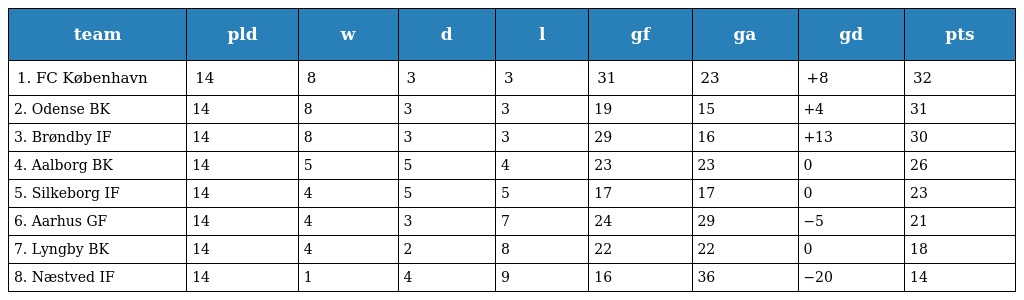
| team | pld | w | d | l | gf | ga | gd | pts |
 | --- | --- | --- | --- | --- | --- | --- | --- | --- |
 | 1. FC København | 14 | 8 | 3 | 3 | 31 | 23 | +8 | 32 |
 | 2. Odense BK | 14 | 8 | 3 | 3 | 19 | 15 | +4 | 31 |
 | 3. Brøndby IF | 14 | 8 | 3 | 3 | 29 | 16 | +13 | 30 |
 | 4. Aalborg BK | 14 | 5 | 5 | 4 | 23 | 23 | 0 | 26 |
 | 5. Silkeborg IF | 14 | 4 | 5 | 5 | 17 | 17 | 0 | 23 |
 | 6. Aarhus GF | 14 | 4 | 3 | 7 | 24 | 29 | −5 | 21 |
 | 7. Lyngby BK | 14 | 4 | 2 | 8 | 22 | 22 | 0 | 18 |
 | 8. Næstved IF | 14 | 1 | 4 | 9 | 16 | 36 | −20 | 14 |